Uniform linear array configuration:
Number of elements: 64
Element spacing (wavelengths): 0.75
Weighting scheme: hamming
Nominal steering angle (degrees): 15
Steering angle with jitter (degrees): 14.641
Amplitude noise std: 0.05
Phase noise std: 0.05

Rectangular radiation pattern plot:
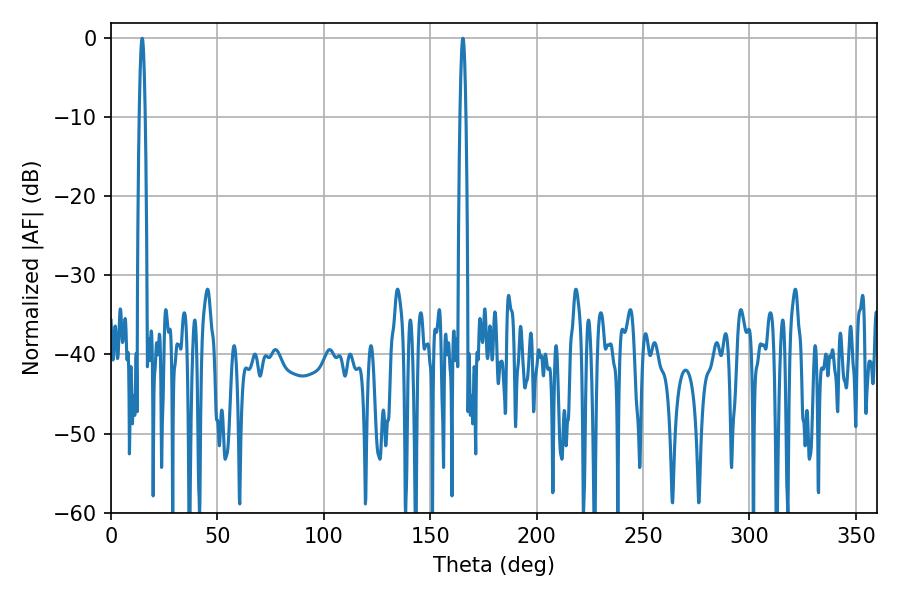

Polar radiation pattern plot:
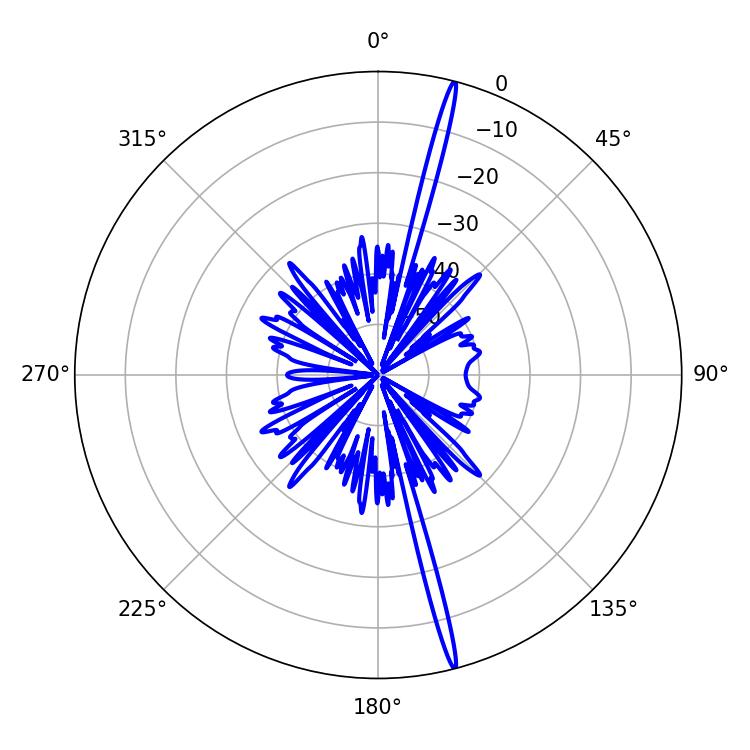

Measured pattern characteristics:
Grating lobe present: TRUE
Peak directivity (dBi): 21.234
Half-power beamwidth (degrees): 1.44
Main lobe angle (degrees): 14.58